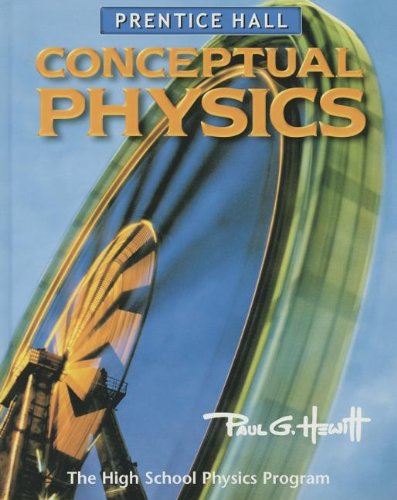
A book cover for CONCEPTUAL PHYSICS 3E STUDENT EDITION 2002C; PRENTICE HALL; Teen & Young Adult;